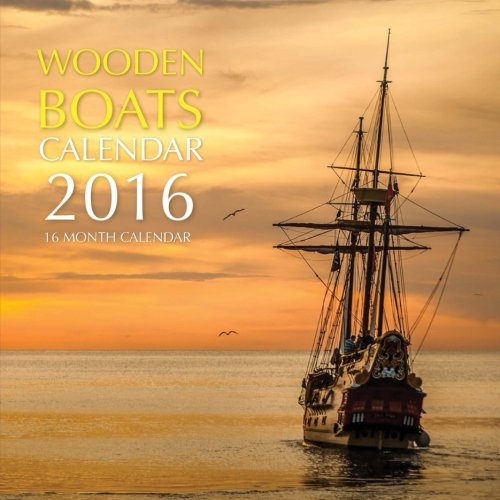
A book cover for Wooden Boats Calendar 2016: 16 Month Calendar; Jack Smith; Calendars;